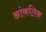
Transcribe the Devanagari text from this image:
आंकतिक